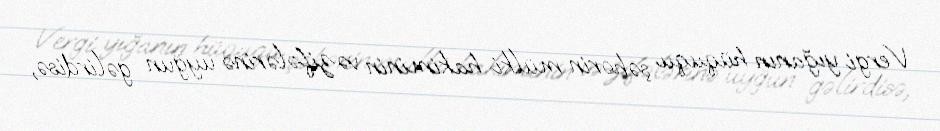
Vergi yığanın hüququ şəhərin mülki hakiminin vəzifələrinə uyğun gəlirdisə,